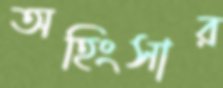
অহিংসার